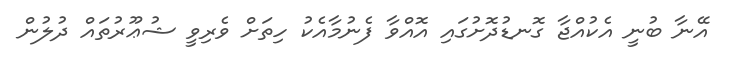
އޭނާ ބުނީ އެކުއްޖާ ގޮނޑުދޮށުގައި އޮއްވާ ފެނުމާއެކު ހިތަށް ވެރިވީ ޝުޢޫރުތައް ދުލުން